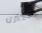
ستيرن